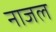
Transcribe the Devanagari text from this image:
नाजल